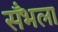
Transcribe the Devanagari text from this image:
सँभला